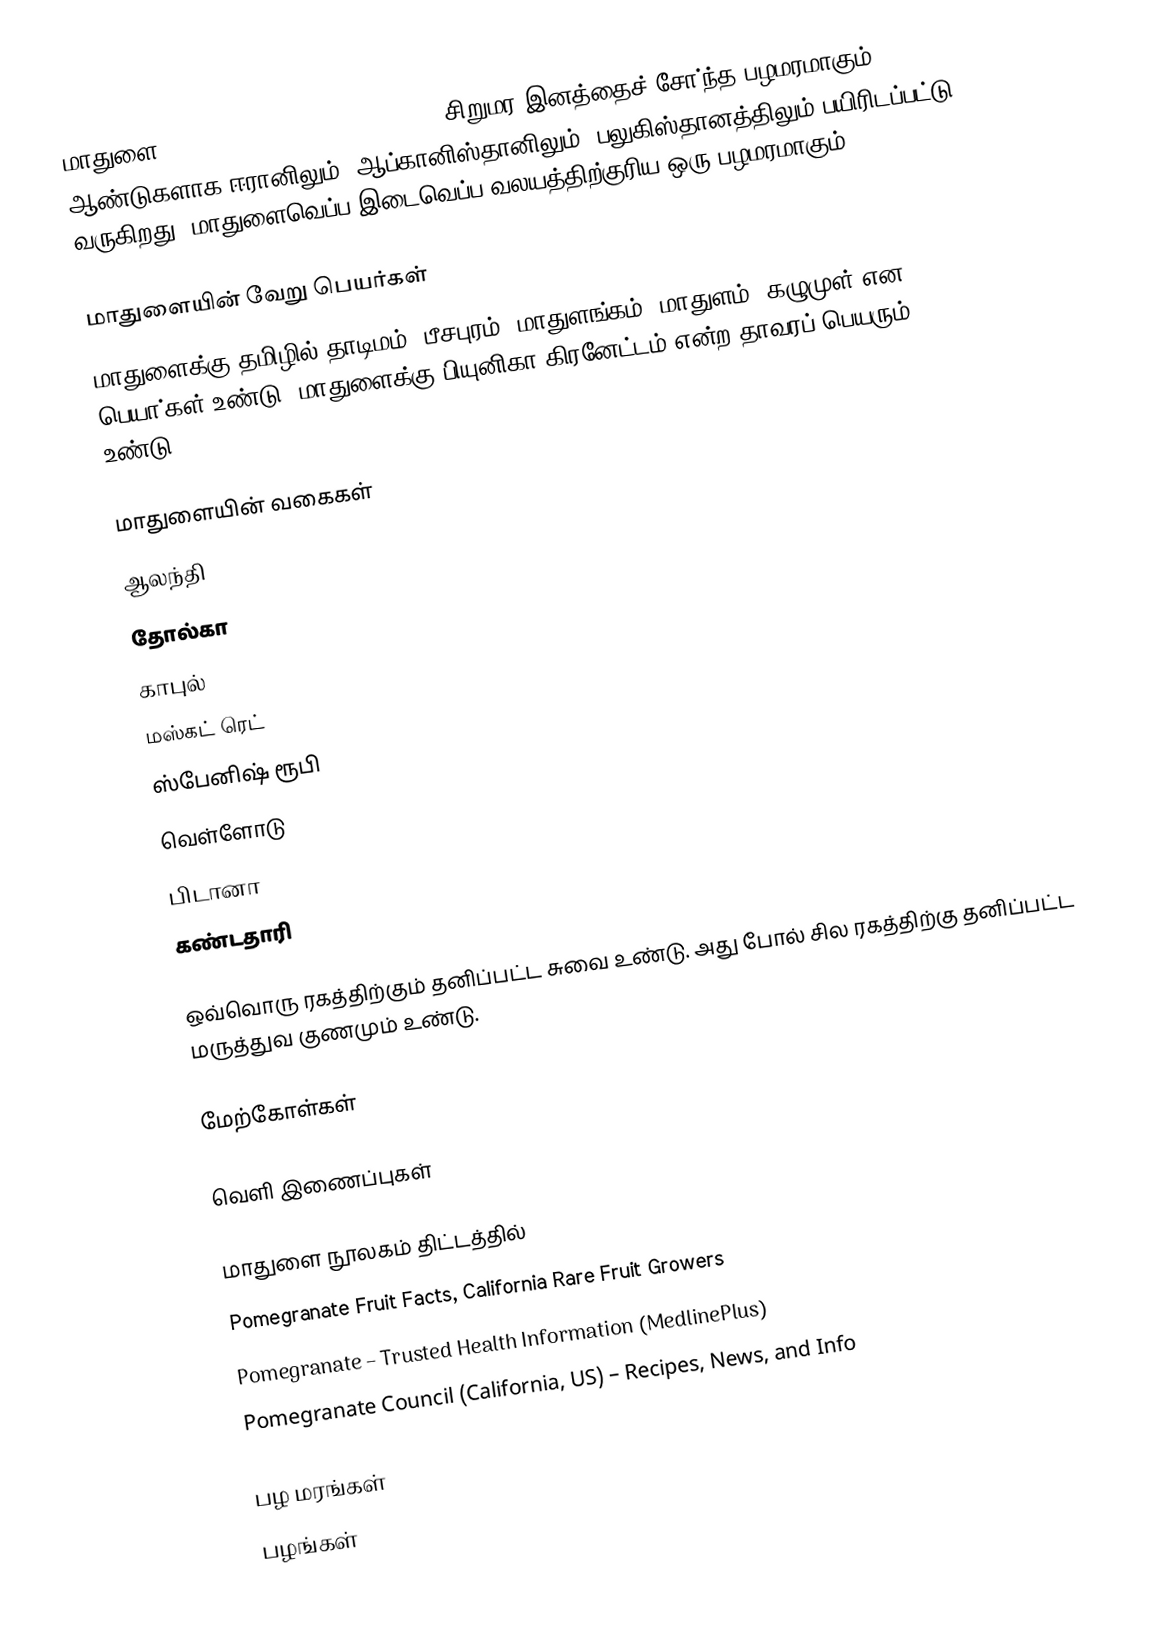
மாதுளை (pomegranate; Punica granatum) சிறுமர இனத்தைச் சோ்ந்த பழமரமாகும். 5000 ஆண்டுகளாக ஈரானிலும், ஆப்கானிஸ்தானிலும், பலுகிஸ்தானத்திலும் பயிரிடப்பட்டு வருகிறது. மாதுளைவெப்ப இடைவெப்ப வலயத்திற்குரிய ஒரு பழமரமாகும்.

மாதுளையின் வேறு பெயா்கள்
மாதுளைக்கு தமிழில் தாடிமம், பீசபுரம், மாதுளங்கம், மாதுளம், கழுமுள் என பெயா்கள் உண்டு. மாதுளைக்கு பியுனிகா கிரனேட்டம் என்ற தாவரப் பெயரும் உண்டு.

மாதுளையின் வகைகள்
 ஆலந்தி
 தோல்கா
 காபுல்
 மஸ்கட் ரெட்
 ஸ்பேனிஷ் ரூபி
 வெள்ளோடு
 பிடானா
 கண்டதாரி

ஒவ்வொரு ரகத்திற்கும் தனிப்பட்ட சுவை உண்டு. அது போல் சில ரகத்திற்கு தனிப்பட்ட மருத்துவ குணமும் உண்டு.

மேற்கோள்கள்

வெளி இணைப்புகள்

 மாதுளை நூலகம் திட்டத்தில்
 Pomegranate Fruit Facts, California Rare Fruit Growers
 Pomegranate – Trusted Health Information (MedlinePlus)
 Pomegranate Council (California, US) – Recipes, News, and Info

பழ மரங்கள்
பழங்கள்